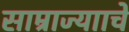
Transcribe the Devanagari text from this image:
साम्राज्यााचे